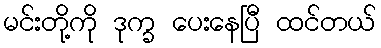
မင်းတို့ကို ဒုက္ခ ပေးနေပြီ ထင်တယ်